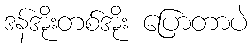
ဒန်အိုးတစ်အိုး ပြောတာပဲ